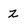
Character: Z